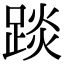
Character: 𨁹